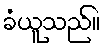
ခံယူသည်။